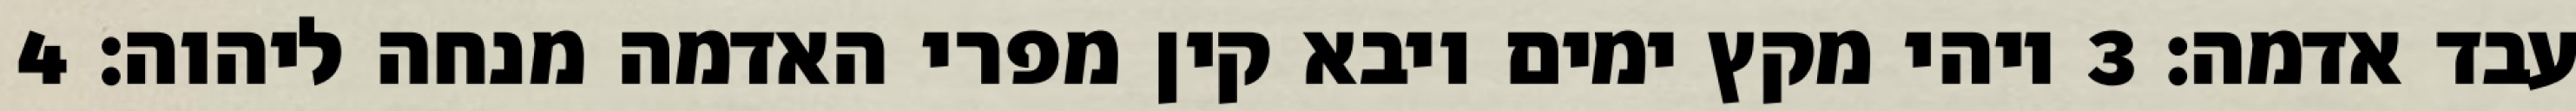
עבד אדמה׃ ‎3‏ ויהי מקץ ימים ויבא קין מפרי האדמה מנחה ליהוה׃ ‎4‏